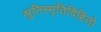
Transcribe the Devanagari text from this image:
श्रुतिस्मृतिविहितो